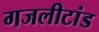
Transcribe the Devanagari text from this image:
गजलीटांड